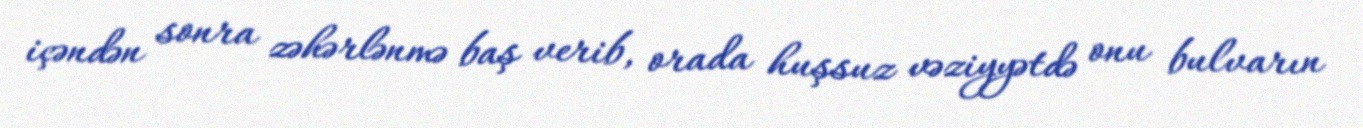
içəndən sonra zəhərlənmə baş verib, orada huşsuz vəziyyətdə onu bulvarın